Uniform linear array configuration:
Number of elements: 32
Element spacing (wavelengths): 0.5
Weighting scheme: blackman
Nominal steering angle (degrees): -60
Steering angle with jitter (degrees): -59.177
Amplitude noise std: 0.05
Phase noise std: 0.05

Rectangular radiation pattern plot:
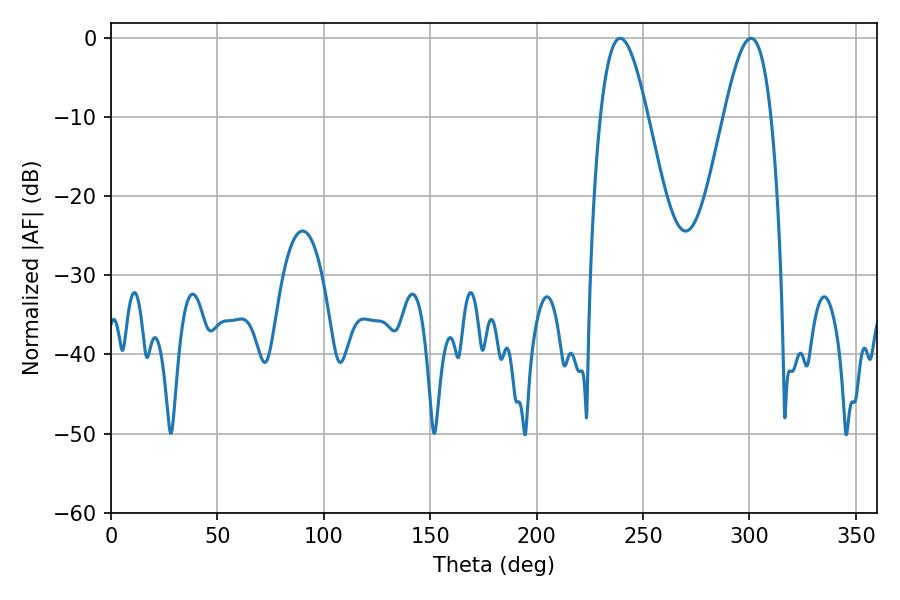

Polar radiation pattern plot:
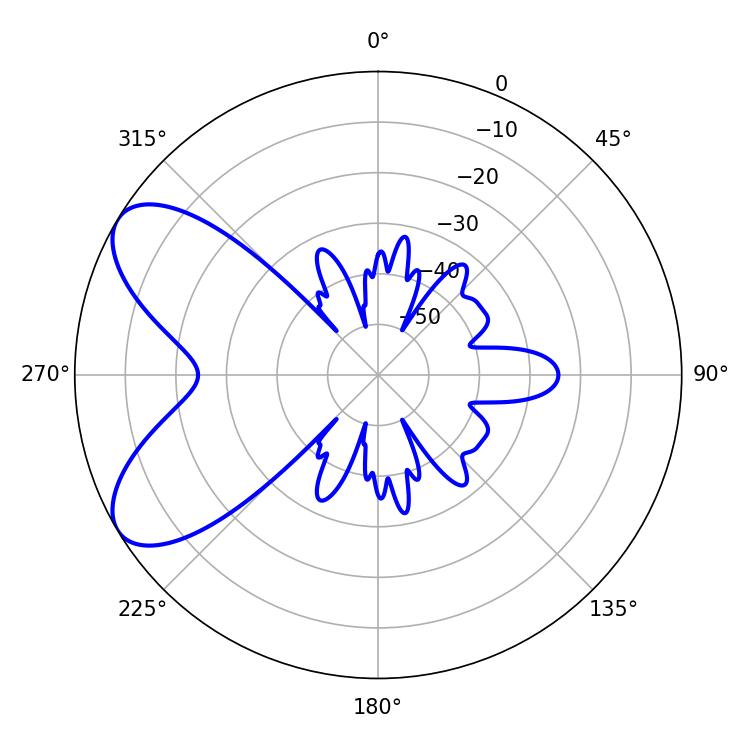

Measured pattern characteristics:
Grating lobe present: FALSE
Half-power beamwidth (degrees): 12.06
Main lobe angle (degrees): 300.78